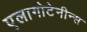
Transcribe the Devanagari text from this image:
एलागोटेनीन्स